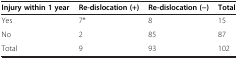
<table><thead><tr><td><b>Injury within 1 year</b></td><td><b>Re-dislocation (+)</b></td><td><b>Re-dislocation (−)</b></td><td><b>Total</b></td></tr></thead><tbody><tr><td>Yes</td><td>7*</td><td>8</td><td>15</td></tr><tr><td>No</td><td>2</td><td>85</td><td>87</td></tr><tr><td>Total</td><td>9</td><td>93</td><td>102</td></tr></tbody></table>